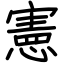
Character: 憲